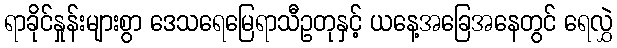
ရာခိုင်နှုန်းများစွာ ဒေသရေမြေရာသီဥတုနှင့် ယနေ့အခြေအနေတွင် ရေလွှဲ